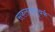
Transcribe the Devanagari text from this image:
सफलतापूवर्क